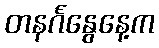
တနင်္ဂနွေနေ့က